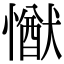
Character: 𢢕